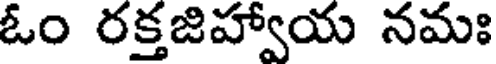
ఓం రక్తజిహ్వాయ నమః